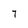
Character: 7